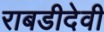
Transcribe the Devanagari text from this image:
राबडीदेवी